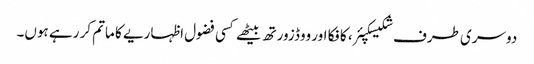
دوسری طرف شکیسکپئر، کافکا اور ووڈزورتھ بیٹھے کسی فضول اظہاریے کا ماتم کر رہے ہوں۔